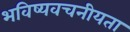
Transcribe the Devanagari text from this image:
भविष्‍यवचनीयता